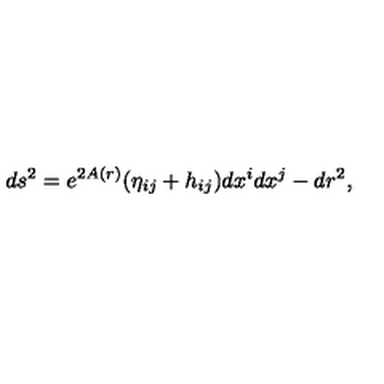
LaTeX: d s ^ { 2 } = e ^ { 2 A ( r ) } ( \eta _ { i j } + h _ { i j } ) d x ^ { i } d x ^ { j } - d r ^ { 2 } ,